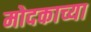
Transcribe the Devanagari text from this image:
मोदकाच्या